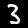
Digit: 3